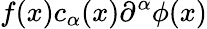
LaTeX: f(x)c_{\alpha}(x)\partial^{\alpha}\phi(x)